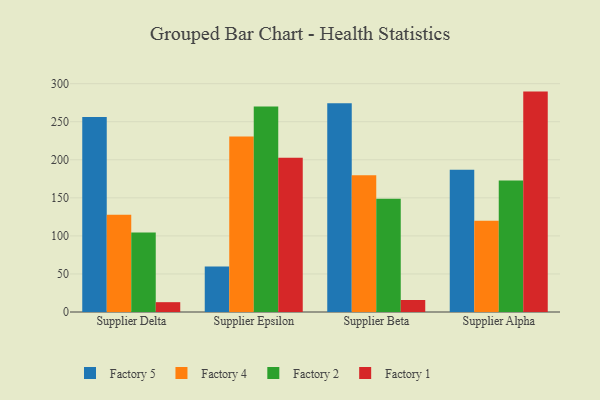
{"axis": {"x": "Supplier", "y": "Tickets Resolved"}, "legend": ["Factory 1", "Factory 2", "Factory 4", "Factory 5"], "data": [{"x": "Supplier Delta", "y": 256.1, "type": "Factory 5"}, {"x": "Supplier Delta", "y": 127.7, "type": "Factory 4"}, {"x": "Supplier Delta", "y": 104.5, "type": "Factory 2"}, {"x": "Supplier Delta", "y": 12.9, "type": "Factory 1"}, {"x": "Supplier Epsilon", "y": 59.7, "type": "Factory 5"}, {"x": "Supplier Epsilon", "y": 230.5, "type": "Factory 4"}, {"x": "Supplier Epsilon", "y": 270.1, "type": "Factory 2"}, {"x": "Supplier Epsilon", "y": 202.8, "type": "Factory 1"}, {"x": "Supplier Beta", "y": 274.3, "type": "Factory 5"}, {"x": "Supplier Beta", "y": 179.8, "type": "Factory 4"}, {"x": "Supplier Beta", "y": 148.7, "type": "Factory 2"}, {"x": "Supplier Beta", "y": 15.8, "type": "Factory 1"}, {"x": "Supplier Alpha", "y": 186.9, "type": "Factory 5"}, {"x": "Supplier Alpha", "y": 119.8, "type": "Factory 4"}, {"x": "Supplier Alpha", "y": 172.8, "type": "Factory 2"}, {"x": "Supplier Alpha", "y": 289.6, "type": "Factory 1"}]}